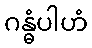
ဂန္ဓံပါဟံ